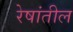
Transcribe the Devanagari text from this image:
रेषांतील